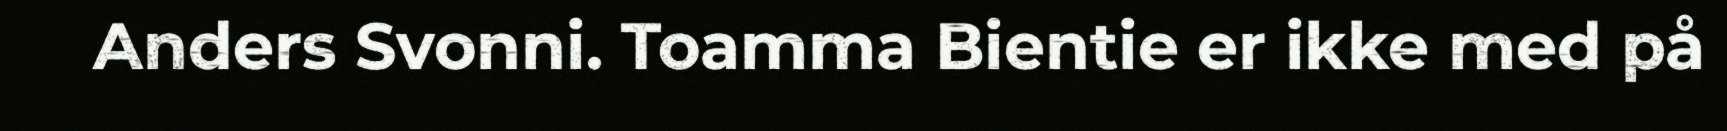
Anders Svonni. Toamma Bientie er ikke med på